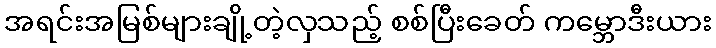
အရင်းအမြစ်များချို့တဲ့လှသည့် စစ်ပြီးခေတ် ကမ္ဘောဒီးယား